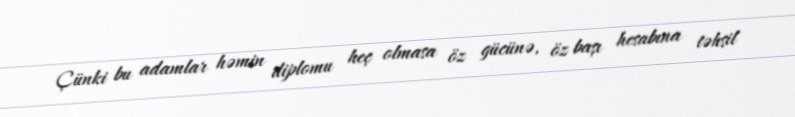
Çünki bu adamlar həmin diplomu heç olmasa öz gücünə, öz başı hesabına təhsil